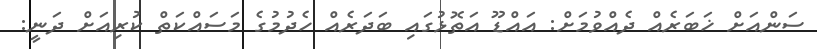
ސަންއަށް ޚަބަރެއް ދެއްވުމަށް: އައްޑޫ އަތޮޅުގައި ބަދަރެއް ހެދުމުގެ މަސައްކަތް ކުރިއަށް ދަނީ: